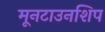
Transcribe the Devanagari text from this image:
मूनटाउनशिप